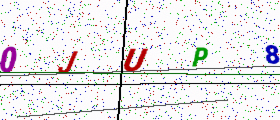
Text: 0JUP8